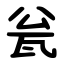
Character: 瓮